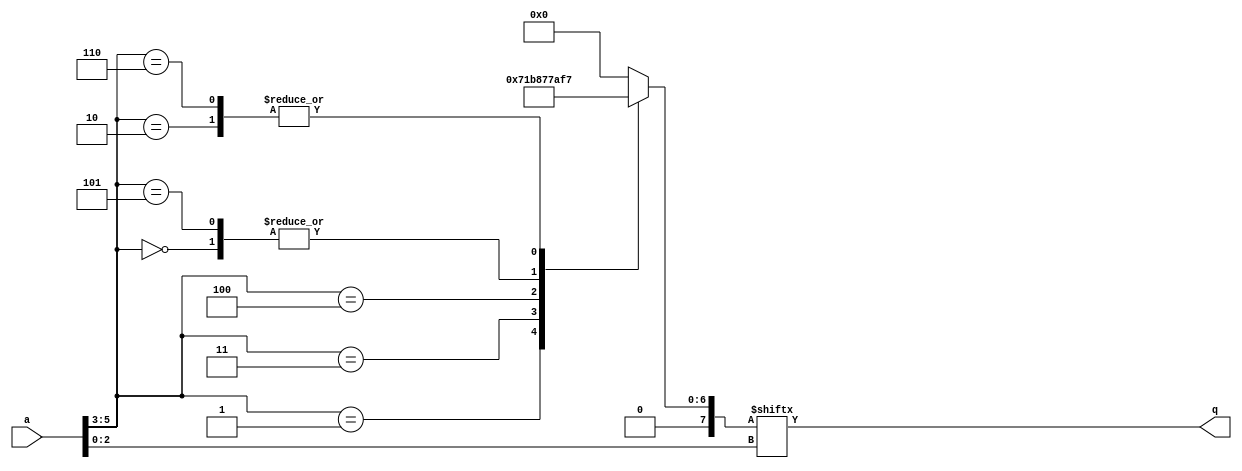
`timescale 1ns / 1ps

module morse_message_rom(
    input [5:0] a,
    output q
    );

    reg [7:0] data;
    assign q = data[a[2:0]];

    always @*
        case (a[5:3])
            3'b000: data = 8'b01110101;
            3'b001: data = 8'b01110001;
            3'b010: data = 8'b01110111;
            3'b011: data = 8'b01011100;
            3'b100: data = 8'b00011101;
            3'b101: data = 8'b01110101;
            3'b110: data = 8'b01110111;
            default: data = 8'b00000000;
        endcase
endmodule

module beacon(
    input sys_rst,
    input morse_clk,
    output data
    );

    reg [26:0] message_ctr;
    always @(posedge morse_clk)
        if (sys_rst) message_ctr <= 0;
        else message_ctr <= message_ctr + 1;

    morse_message_rom morse_message_rom_inst(.a(message_ctr[24:19]), .q(data));
endmodule